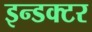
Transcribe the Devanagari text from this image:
इन्डक्टर